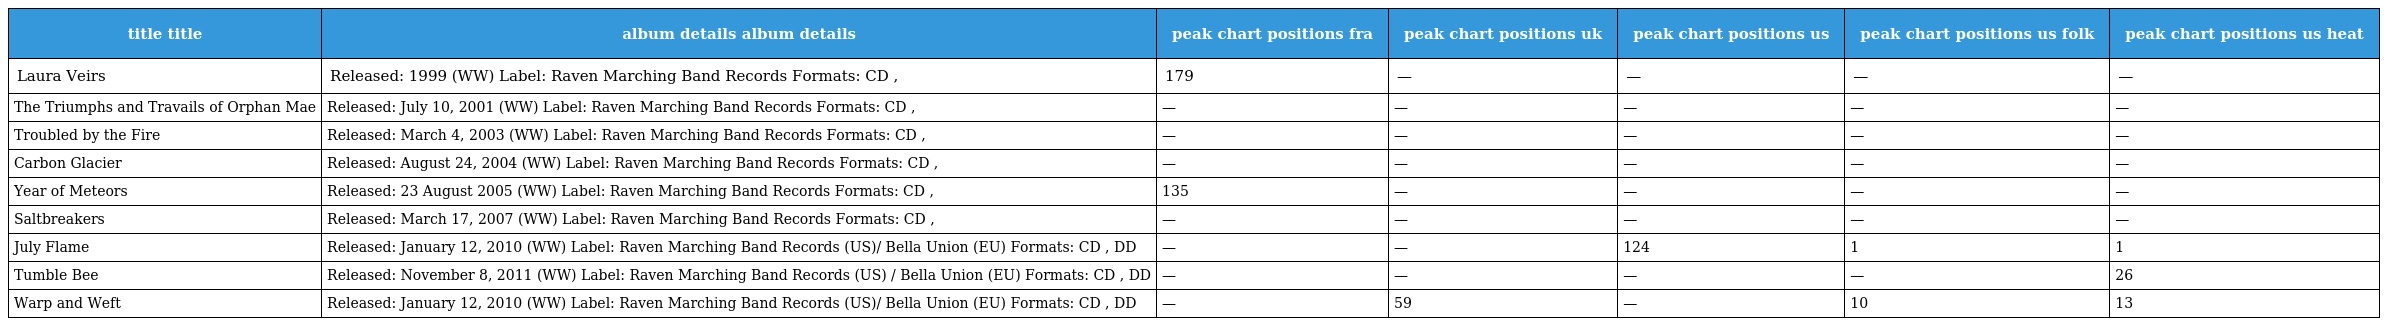
| title title | album details album details | peak chart positions fra | peak chart positions uk | peak chart positions us | peak chart positions us folk | peak chart positions us heat |
 | --- | --- | --- | --- | --- | --- | --- |
 | Laura Veirs | Released: 1999 (WW) Label: Raven Marching Band Records Formats: CD , | 179 | — | — | — | — |
 | The Triumphs and Travails of Orphan Mae | Released: July 10, 2001 (WW) Label: Raven Marching Band Records Formats: CD , | — | — | — | — | — |
 | Troubled by the Fire | Released: March 4, 2003 (WW) Label: Raven Marching Band Records Formats: CD , | — | — | — | — | — |
 | Carbon Glacier | Released: August 24, 2004 (WW) Label: Raven Marching Band Records Formats: CD , | — | — | — | — | — |
 | Year of Meteors | Released: 23 August 2005 (WW) Label: Raven Marching Band Records Formats: CD , | 135 | — | — | — | — |
 | Saltbreakers | Released: March 17, 2007 (WW) Label: Raven Marching Band Records Formats: CD , | — | — | — | — | — |
 | July Flame | Released: January 12, 2010 (WW) Label: Raven Marching Band Records (US)/ Bella Union (EU) Formats: CD , DD | — | — | 124 | 1 | 1 |
 | Tumble Bee | Released: November 8, 2011 (WW) Label: Raven Marching Band Records (US) / Bella Union (EU) Formats: CD , DD | — | — | — | — | 26 |
 | Warp and Weft | Released: January 12, 2010 (WW) Label: Raven Marching Band Records (US)/ Bella Union (EU) Formats: CD , DD | — | 59 | — | 10 | 13 |